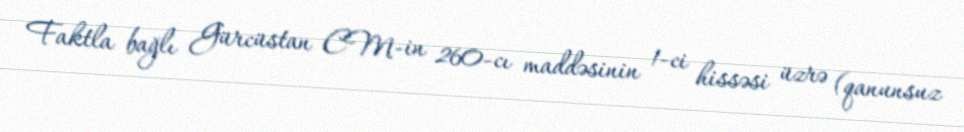
Faktla bağlı Gürcüstan CM-in 260-cı maddəsinin 1-ci hissəsi üzrə (qanunsuz